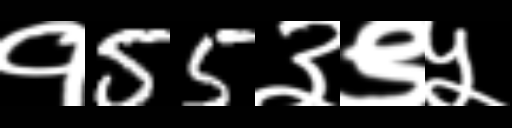
Text: १55३९५